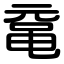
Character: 鼋